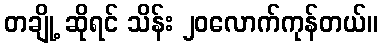
တချို့ ဆိုရင် သိန်း ၂၀လောက်ကုန်တယ်။